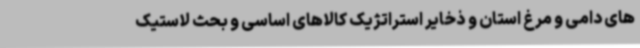
های دامی و مرغ استان و ذخایر استراتژیک کالاهای اساسی و بحث لاستیک